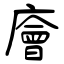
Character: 廥